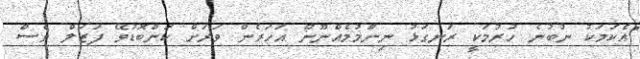
"އެކަމަކު ނުބުނެ ހުރުމަކީ ރަނގަޅު ނިންމުމެއްނޫން އަހަރެން ވަރަށް ކަންބޮޑުވޭ ފަޒަލް ވެސް